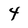
Character: 4